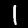
Digit: 1